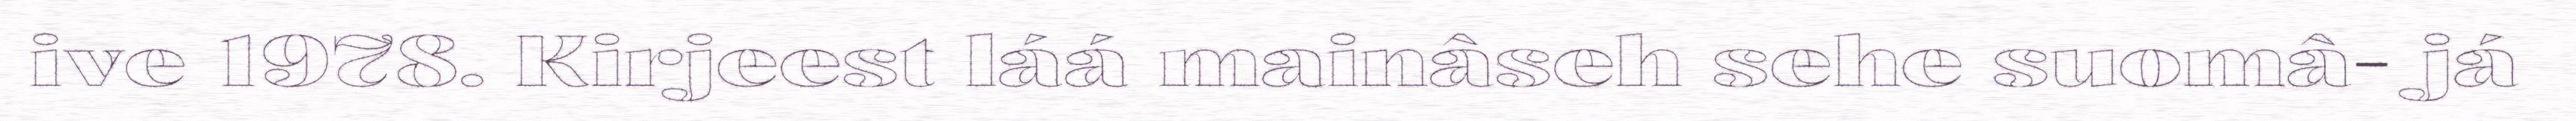
ive 1978. Kirjeest láá mainâseh sehe suomâ- já